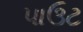
પાઉટ